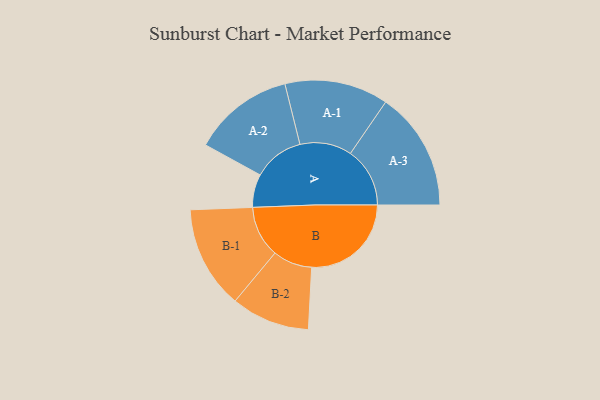
{"axis": {"x": "Segment", "y": "Value"}, "legend": ["", "A", "B"], "data": [{"x": "A", "y": 161, "type": ""}, {"x": "B", "y": 484, "type": ""}, {"x": "A-1", "y": 252, "type": "A"}, {"x": "A-2", "y": 246, "type": "A"}, {"x": "A-3", "y": 289, "type": "A"}, {"x": "B-1", "y": 250, "type": "B"}, {"x": "B-2", "y": 191, "type": "B"}]}